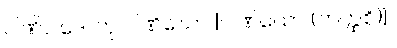
ပါဏိဝါဒေါ တု ပါဏိဃော [ပါဏိယော (ကတ္ထစိ)]။